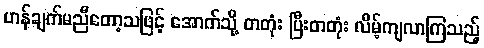
ဟန်ချက်မညီတော့သဖြင့် အောက်သို့ တတုံး ပြီးတတုံး လိမ့်ကျလာကြသည့်